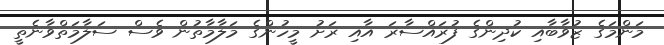
މަންމަގެ ޒުވާބާއި ކުދިންގެ ފުރައްސާރަ އާއި ރަށު މީހުންގެ މަލާމާތުން ވެސް ސަލާމަތްވާނެތީ